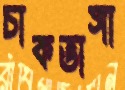
চাকভাঙ্গা